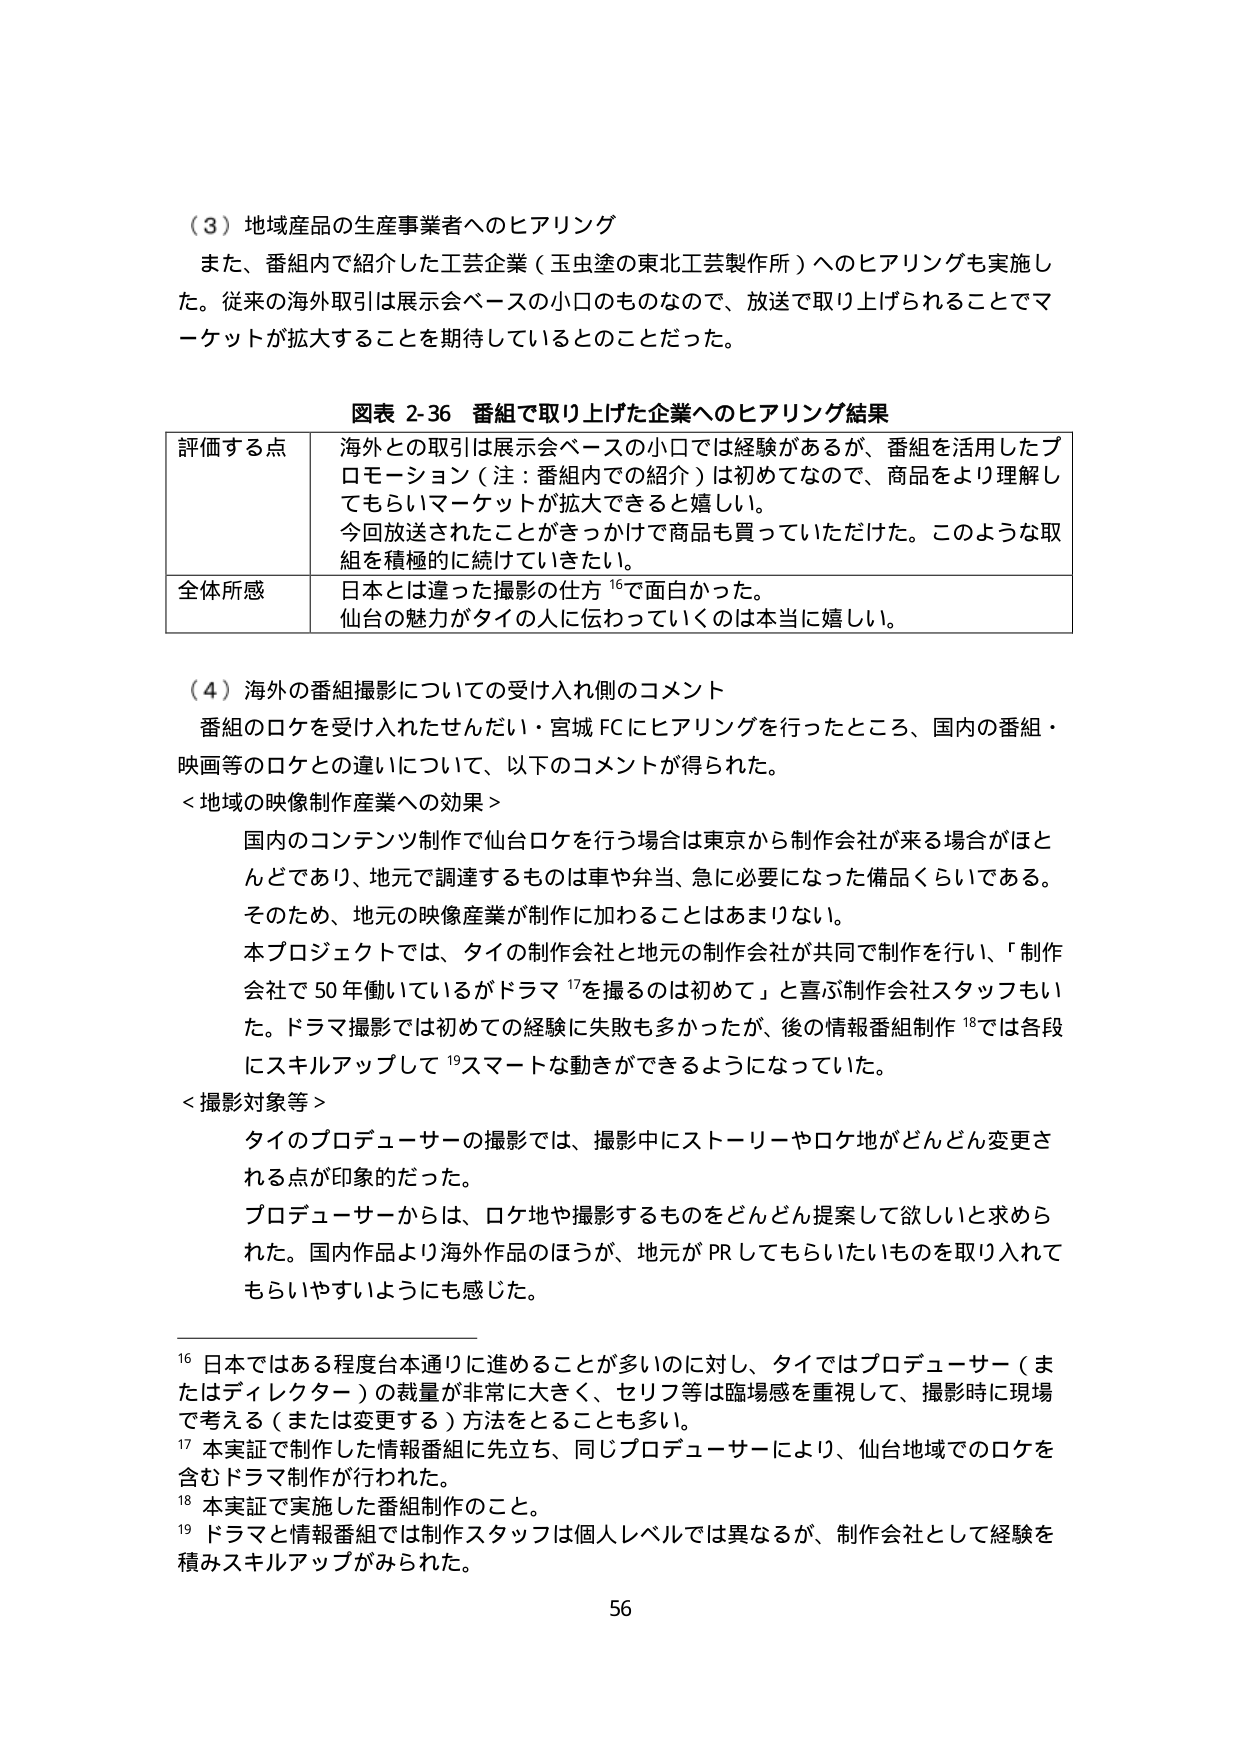
（３）地域産品の生産事業者へのヒアリング
また、番組内で紹介した工芸企業（玉虫塗の東北工芸製作所）へのヒアリングも実施した。従来の海外取引は展示会ベースの小口のものなので、放送で取り上げられることでマーケットが拡大することを期待しているとのことだった。

図表 2-36 番組で取り上げた企業へのヒアリング結果
評価する点　海外との取引は展示会ベースの小口では経験があるが、番組を活用したプロモーション（注：番組内での紹介）は初めてなので、商品をより理解してもらいマーケットが拡大できると嬉しい。
今回放送されたことがきっかけで商品も買っていただいた。このような取組を積極的に続けていきたい。
全体所感　日本とは違った撮影の仕方¹⁶で面白かった。
仙台の魅力がタイの人へ伝わっていくのは本当に嬉しい。

（４）海外の番組撮影についての受け入れ側のコメント
番組のロケを受け入れたせんだい・宮城FCにヒアリングを行ったところ、国内の番組・映画等のロケとの違いについて、以下のコメントが得られた。
＜地域の映像制作産業への効果＞
国内のコンテンツ制作で仙台ロケを行う場合は東京から制作会社が来る場合がほとんどであり、地元で調達するものは車や弁当、急に必要になった備品くらいである。そのため、地元の映像産業が制作に加わることはあまりない。
本プロジェクトでは、タイの制作会社と地元の制作会社が共同で制作を行い、「制作会社で50年働いているがドラマ¹⁷を撮るのは初めて」と喜ぶ制作会社スタッフもいた。ドラマ撮影では初めての経験に失敗も多かったが、後の情報番組制作¹⁸では各段にスキルアップして¹⁹スマートな動きができるようになっていた。
＜撮影対象等＞
タイのプロデューサーの撮影では、撮影中にストーリーやロケ地がどんどん変更される点が印象的だった。
プロデューサーからは、ロケ地や撮影するものをどんどん提案して欲しいと求められた。国内作品より海外作品のほうが、地元がPRしてもらいたいものを取り入れてもらいやすいようにも感じた。

¹⁶ 日本ではある程度台本通りに進めることが多いのに対し、タイではプロデューサー（またはディレクター）の裁量が非常に大きく、セリフ等は臨場感を重視して、撮影時に現場で考える（または変更する）方法をとることも多い。
¹⁷ 本実証で制作した情報番組に先立ち、同じプロデューサーにより、仙台地域でのロケを含むドラマ制作が行われた。
¹⁸ 本実証で実施した番組制作のこと。
¹⁹ ドラマと情報番組では制作スタッフは個人レベルでは異なるが、制作会社として経験を積みスキルアップがみられた。

56